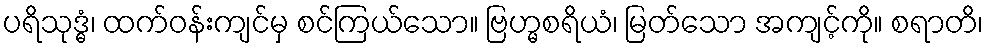
ပရိသုဒ္ဓံ၊ ထက်ဝန်းကျင်မှ စင်ကြယ်သော။ ဗြဟ္မစရိယံ၊ မြတ်သော အကျင့်ကို။ စရာတိ၊